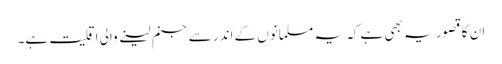
ان کا قصور یہ بھی ہے کہ یہ مسلمانوں کے اندر سے جنم لینے والی اقلیت ہے۔